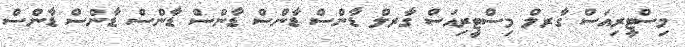
މިސްޓީރިއަސް ގާރލް މިސްޓީރިއަސް ގާރލް ޑާންސް ޑާންސް ޑާންސް ޑާންސް ޑާންސް ޑާންސް